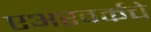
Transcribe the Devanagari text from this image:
एअरवर्कचे